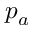
p _ { a }